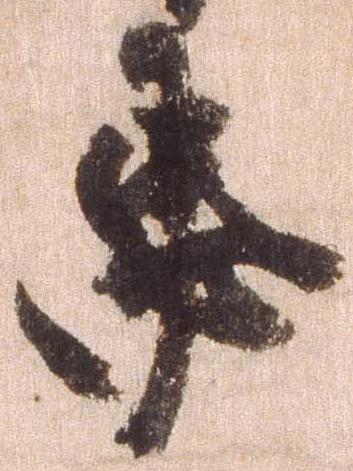
忠